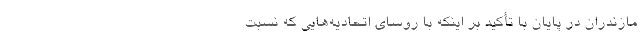
مازندران در پایان با تأکید بر اینکه با روسای اتحادیه‌هایی که نسبت